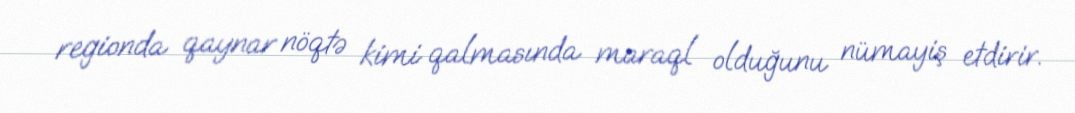
regionda qaynar nöqtə kimi qalmasında maraql olduğunu nümayiş etdirir.